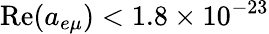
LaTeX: \mathrm{Re}(a_{e\mu})<1.8\times 10^{-23}